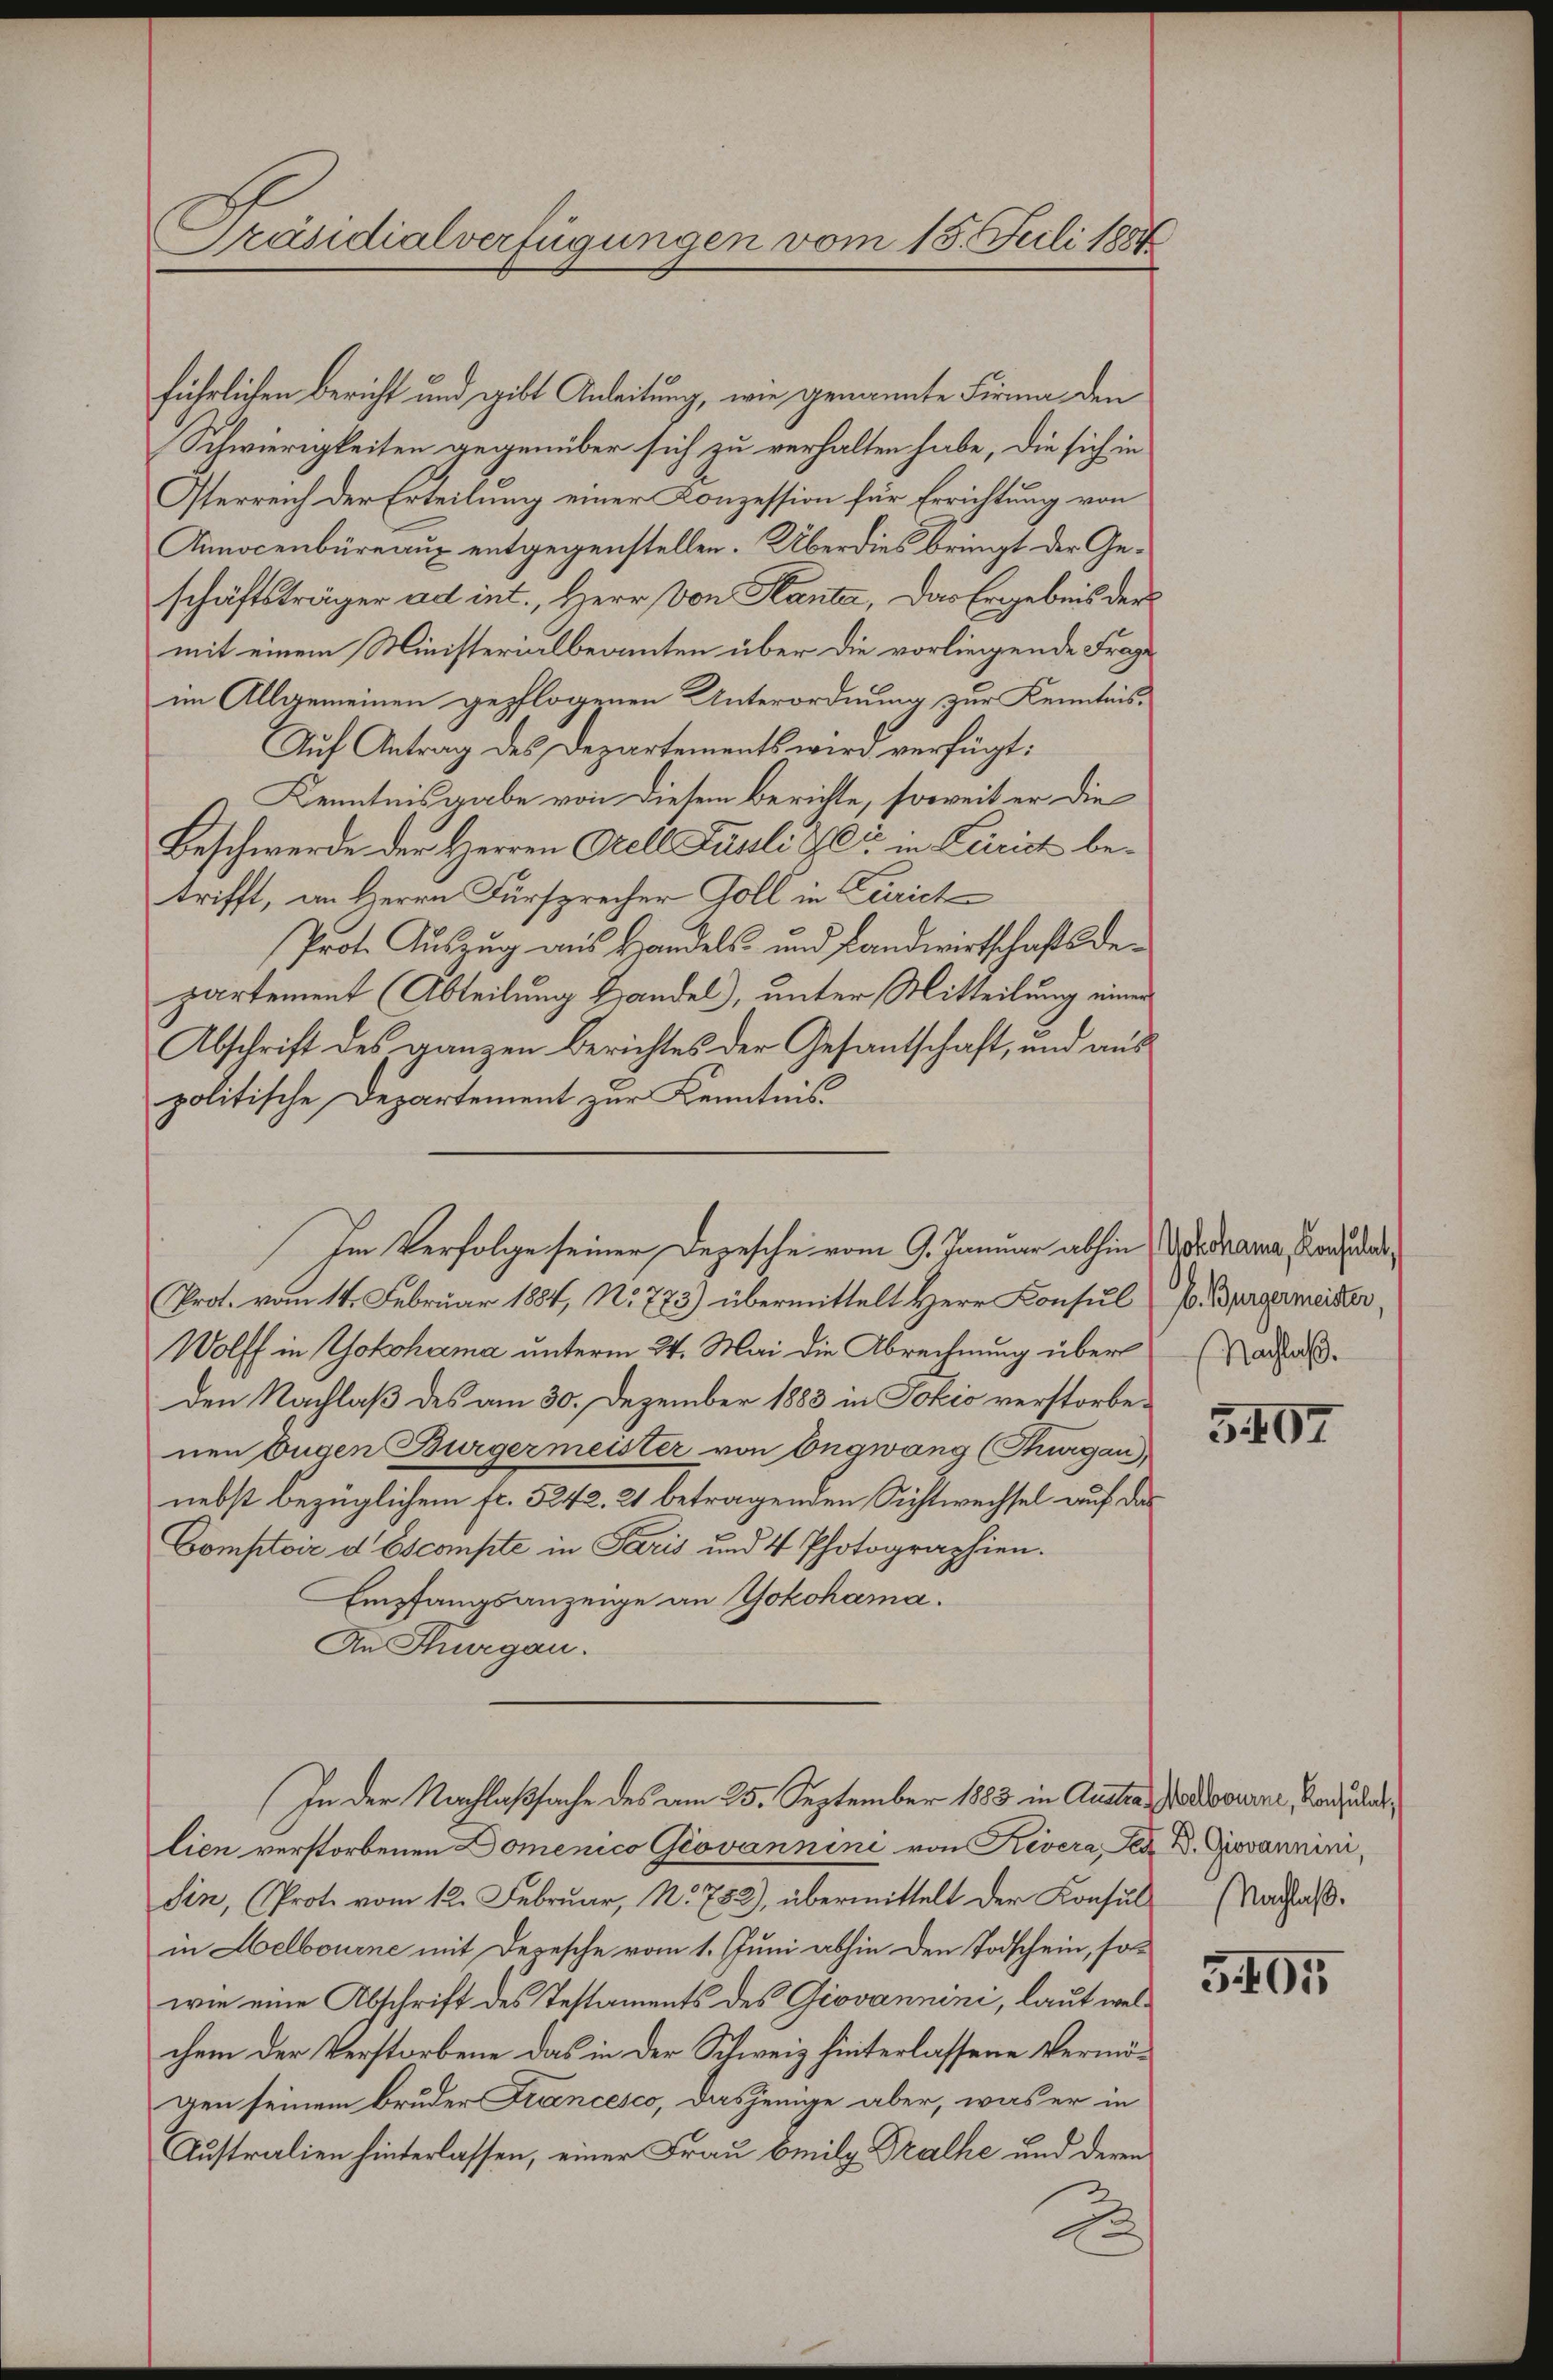
Präsidialverfügungen vom 15. Juli 1887

führlichen Bericht und gibt Anleitung, wie genannte Firma den
Schwierigkeiten gegenüber sich zu verhalten habe, die sich in
Oterreich der Erteilung einer Konzession für Errichtung von
Aunocenbüreaux entgegenstellen. Überdies bringt der Geschäftsträger ad int. Herr von Kanta, das Ergebnis der
mit einem Ministerialbeamten über die vorliegende Frage
im Allgemeinen gepflogenen Unterordnung zur Kenntnis¬
Auf Antrag des Departements wird verfügt:
Kenntnisgabe von diesem berichte, soweit er die
Beschwerde der Herren Orell Fustli der in Zürich betrifft, an Herrn Fürsprecher Goll in Zürich
Prot. Auszug aus Handels- und Landwirtschaftsdepartement (Abteilung Handel), unter Mitteilung einen
Abschrift des ganzen Berichtes der Gesantschaft, und aus
politische Departement zur Kenntnis.
Prot. vom 14. Februar 1884, No 773) übermittelt Herr Konsul
Wolff in Yokohama unterm 24. Mai die Abrechnung über
den Nachlaß des am 30. Dezember 1883 in Jokić verstorbenen Eugen Bürgermeister von Engwang (Thurgau),
nebst bezüglichem fr. 5242. 21 betragenden Sichtwechsel auf das
Comptoir d Escompte in Paris und 4 Photographien.
Empfangsanzeige an Yokohama.
An Thurgau.
In der Nachlaßsache des am 25. September 1883 in Austrag verlorene, Konsulat
lien verstorbenen Domenico Giovannini von Kivera Sez. B. Giovannini,
Sin, (Prot. vom 12. Februar, N. 782), übermittelt der Konsul (Nachlaß.
in Helbourne mit Depesche vom 1. Juni abhin den Todschein, so-
wie eine Abschrift des Testaments des Giovannini, laut welchem der Verstorbene das in der Schweiz hinterlassene Vermögen seinem Bruder Francesco, dasjenige aber, was er in
Australien hinterlassen, einer Frau Emil Trathe und deren
2

Im Verfolge seiner Depesche vom 9. Januar abhin Adodrama an dar¬

b. Bürgermeister,
(Nachlaß.

5407

5405